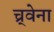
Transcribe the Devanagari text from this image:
च्र्वेना